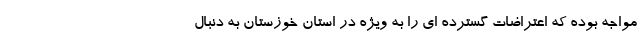
مواجه بوده که اعتراضات گسترده ای را به ویژه در استان خوزستان به دنبال